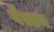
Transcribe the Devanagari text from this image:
वैल्डन